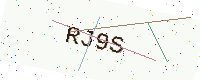
Text: RJ9S